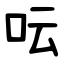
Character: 呍